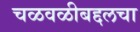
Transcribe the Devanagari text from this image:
चळवळीबद्दलचा